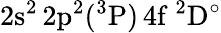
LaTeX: \mathrm{2s^{2}\, 2p^{2}(^{3}P)\, 4f~^{2}D^{\circ}}